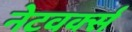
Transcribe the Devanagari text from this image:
नेटवर्क्‍स